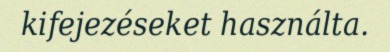
kifejezéseket használta.